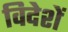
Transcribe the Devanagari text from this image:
विदेशें